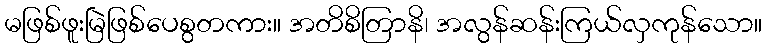
မဖြစ်ဖူးမြဲဖြစ်ပေစွတကား။ အတိစိတြာနိ၊ အလွန်ဆန်းကြယ်လှကုန်သော။